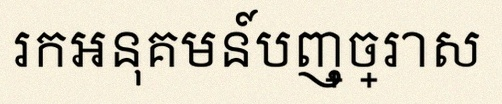
រកអនុគមន៍បញ្ច្រាស